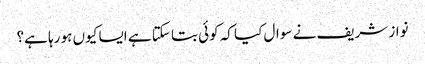
نواز شریف نے سوال کیا کہ کوئی بتا سکتا ہے ایسا کیوں ہو رہا ہے؟